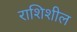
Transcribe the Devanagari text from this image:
राशिशील